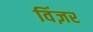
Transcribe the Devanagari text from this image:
विंज़र